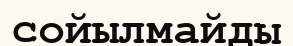
сойылмайды